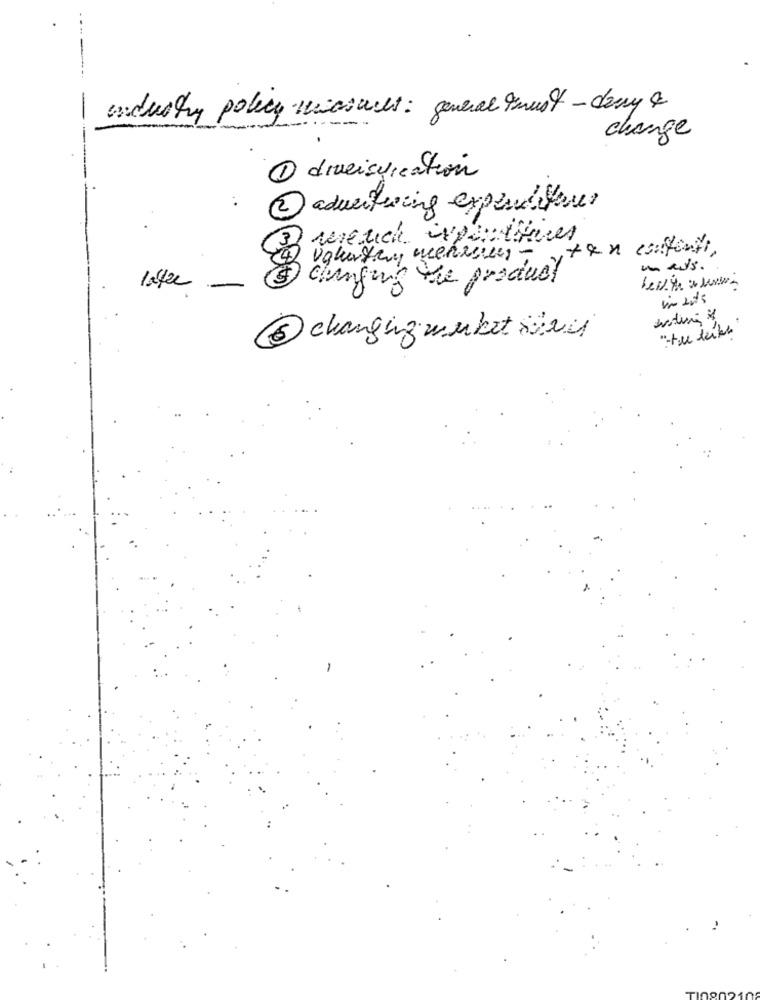
industry policy measures : general must-day &
change
1 diversification
2 advertising expenditures
wrench isportives
ten content
un mis .
changing the product
6 changing market siri